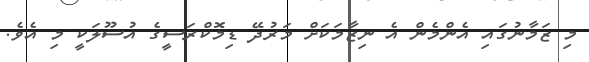
މި ޒަމާނުގައި އެންމެން އެ ނިޒާމަކަށް މަރުދޭ ޑިމޮކްރަސީގެ އުސޫލަކީ މި އެވެ.